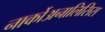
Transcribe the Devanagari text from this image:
नार्कोअनालिसिस